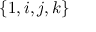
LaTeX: \{ 1 , i , j , k \}